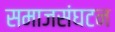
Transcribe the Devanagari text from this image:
समाजसंघटन